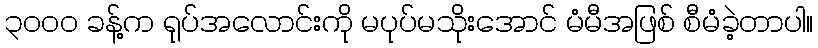
၃၀၀၀ ခန့်က ရုပ်အလောင်းကို မပုပ်မသိုးအောင် မံမီအဖြစ် စီမံခဲ့တာပါ။